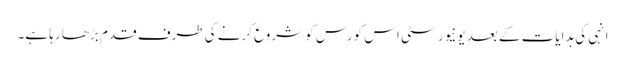
انہی کی ہدایات کے بعد یونیورسٹی اس کورس کو شروع کرنے کی طرف قدم بڑھا رہا ہے۔